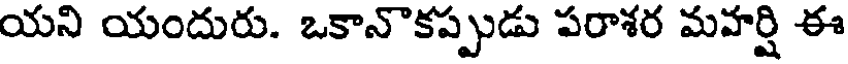
యని యందురు. ఒకానొకప్పుడు పరాశర మహర్షి ఈ